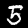
Label: 5